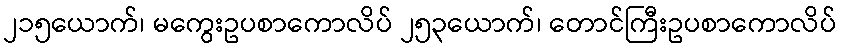
၂၁၅ယောက်၊ မကွေးဥပစာကောလိပ် ၂၅၃ယောက်၊ တောင်ကြီးဥပစာကောလိပ်